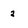
Character: 2